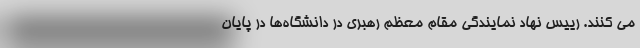
می کنند. رییس نهاد نمایندگی مقام معظم رهبری در دانشگاه‌ها در پایان